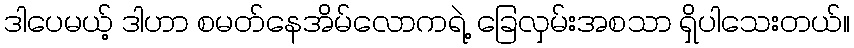
ဒါပေမယ့် ဒါဟာ စမတ်နေအိမ်လောကရဲ့ ခြေလှမ်းအစသာ ရှိပါသေးတယ်။